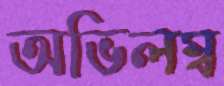
অভিলম্ব